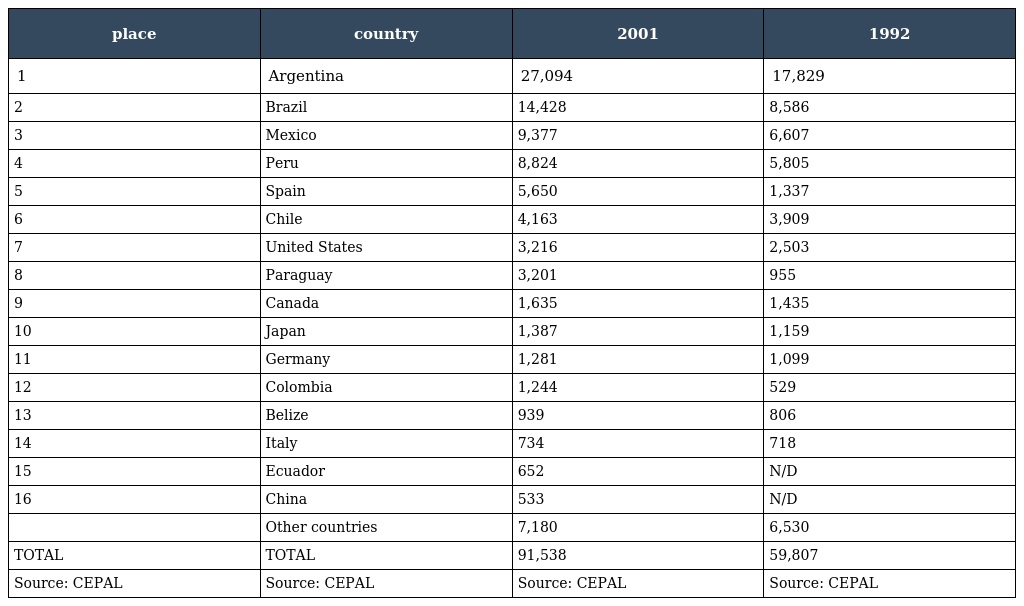
| place | country | 2001 | 1992 |
 | --- | --- | --- | --- |
 | 1 | Argentina | 27,094 | 17,829 |
 | 2 | Brazil | 14,428 | 8,586 |
 | 3 | Mexico | 9,377 | 6,607 |
 | 4 | Peru | 8,824 | 5,805 |
 | 5 | Spain | 5,650 | 1,337 |
 | 6 | Chile | 4,163 | 3,909 |
 | 7 | United States | 3,216 | 2,503 |
 | 8 | Paraguay | 3,201 | 955 |
 | 9 | Canada | 1,635 | 1,435 |
 | 10 | Japan | 1,387 | 1,159 |
 | 11 | Germany | 1,281 | 1,099 |
 | 12 | Colombia | 1,244 | 529 |
 | 13 | Belize | 939 | 806 |
 | 14 | Italy | 734 | 718 |
 | 15 | Ecuador | 652 | N/D |
 | 16 | China | 533 | N/D |
 |  | Other countries | 7,180 | 6,530 |
 | TOTAL | TOTAL | 91,538 | 59,807 |
 | Source: CEPAL | Source: CEPAL | Source: CEPAL | Source: CEPAL |